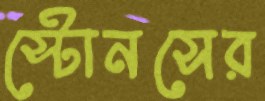
স্টোনসের